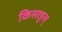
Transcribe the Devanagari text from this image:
किसाङुल्